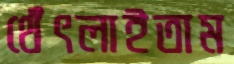
থেঁৎলাইতাম